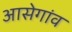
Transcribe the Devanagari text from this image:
आसेगांव